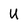
Character: U